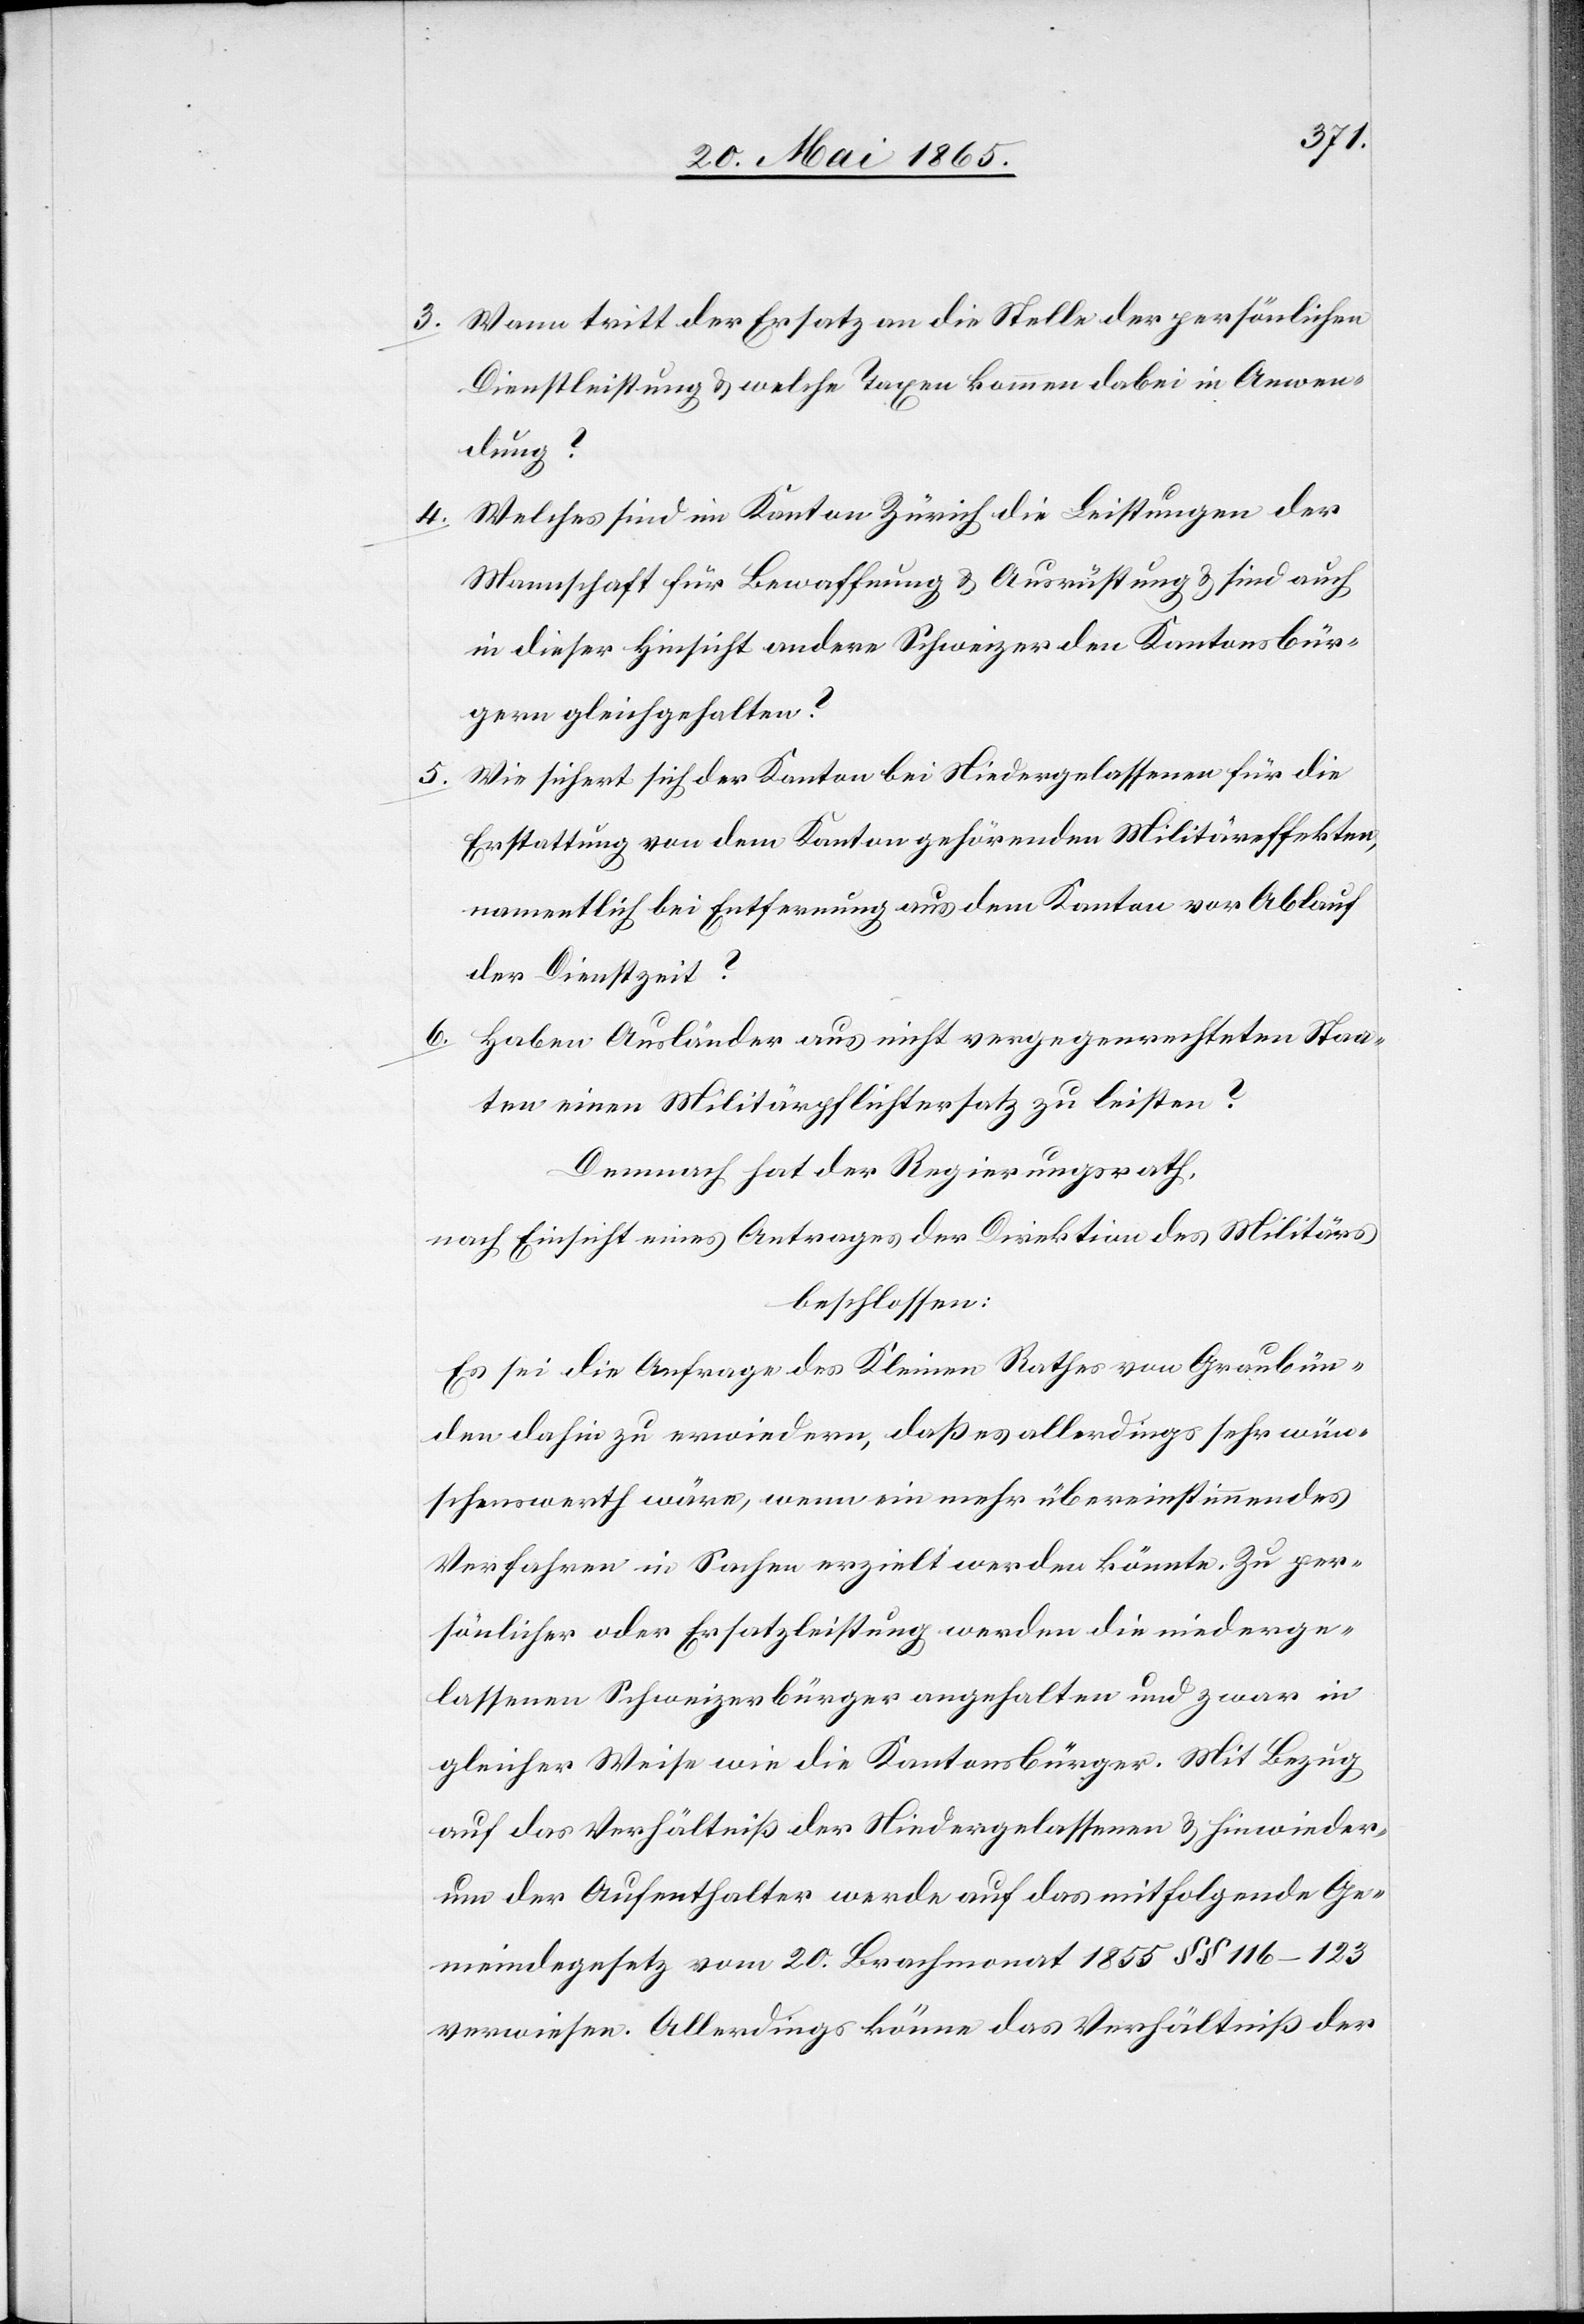
5.

3. Wann tritt der Ersatz an die Stelle der persönlichen
Dienstleistung & welche Taxen kommen dabei in Anwen¬
dung?
4. Welches sind im Kanton Zürich die Leistungen der
Mannschaft für Bewaffnung & Ausrüstung & sind auch
in dieser Hinsicht andere Schweizer den Kantonsbür¬
gern gleichgehalten?
Wie sichert sich der Kanton bei Niedergelassenen für die
Erstattung von dem Kanton gehörenden Militäreffekten,
namentlich bei Entfernung aus dem Kanton vor Ablauf
der Dienstzeit?
6. Haben Ausländer aus nicht vergegenrechteten Staa¬
ten einen Militärpflichtersatz zu leisten?
Demnach hat der Regierungsrath,
nach Einsicht eines Antrages der Direktion des Militärs
beschlossen:
Es sei die Anfrage des Kleinen Rathes von Graubün¬
den dahin zu erwiedern, daß es allerdings sehr wün¬
schenswerth wäre, wenn ein mehr übereinstimmendes
Verfahren in Sachen erzielt werden könnte. Zu per¬
sönlicher oder Ersatzleistung werden die niederge¬
lassenen Schweizerbürger angehalten und zwar in
gleicher Weise wie die Kantonsbürger. Mit Bezug
auf das Verhältniß der Niedergelassenen & hinwieder¬
um der Aufenthalter werde auf das mitfolgende Ge¬
meindegesetz vom 20. Brachmonat 1855 § § 166–123
verwiesen. Allerdings könne das Verhältniß der